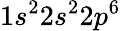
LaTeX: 1s^{2}2s^{2}2p^{6}